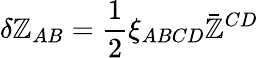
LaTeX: \delta\mathbb{Z}_{AB}=\frac{{1}}{{2}}\xi_{ABCD}\bar{{\mathbb{Z}}}^{CD}